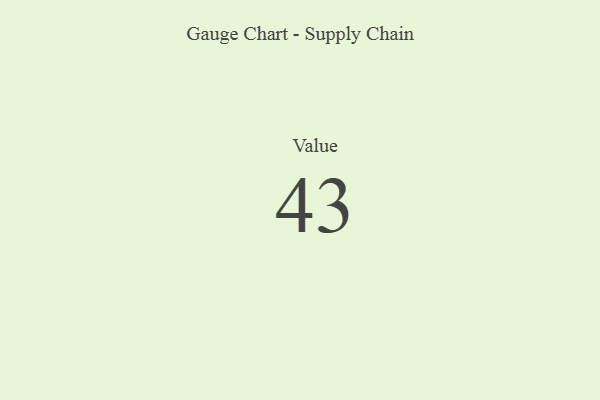
{"axis": {"x": "Metric", "y": "Value"}, "legend": [""], "data": [{"x": "Value", "y": 43, "type": ""}]}